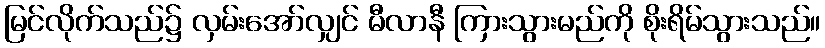
မြင်လိုက်သည်၌ လှမ်းအော်လျှင် မီလာနီ ကြားသွားမည်ကို စိုးရိမ်သွားသည်။